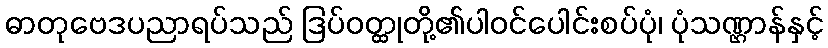
ဓာတုဗေဒပညာရပ်သည် ဒြပ်ဝတ္ထုတို့၏ပါဝင်ပေါင်းစပ်ပုံ၊ ပုံသဏ္ဌာန်နှင့်